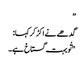
”
گدھے نے اکڑ کر کہا:
"تُو بہت گستاخ ہے۔